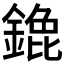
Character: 𬫹